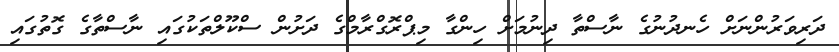
ދަރިވަރުންނަށް ހެނދުނުގެ ނާސްތާ ދިނުމަށް ހިންގާ މިޕްރޮގްރާމްގެ ދަށުން ސްކޫލްތަކުގައި ނާސްތާގެ ގޮތުގައި